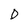
Character: D